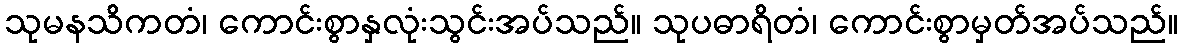
သုမနသိကတံ၊ ကောင်းစွာနှလုံးသွင်းအပ်သည်။ သုပဓာရိတံ၊ ကောင်းစွာမှတ်အပ်သည်။